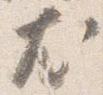
尤